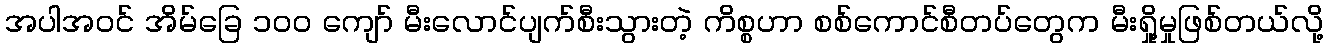
အပါအဝင် အိမ်ခြေ ၁၀၀ ကျော် မီးလောင်ပျက်စီးသွားတဲ့ ကိစ္စဟာ စစ်ကောင်စီတပ်တွေက မီးရှို့မှုဖြစ်တယ်လို့